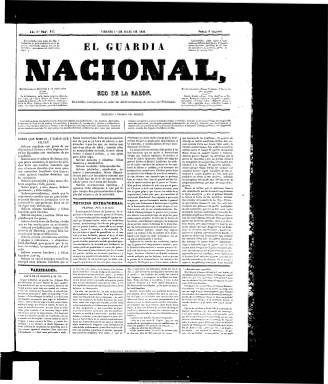
Título: El Guardia nacional (Barcelona)
Otros títulos: G. nacional || Nacional
Colección: Periódicos anteriores a 1850
Ámbito geográfico: Barcelona
Lugar de publicación: Barcelona
Fechas: 01/07/1836-28/10/1841

Uno de los principales diarios políticos liberales que se van a editar en Barcelona y de los más importantes en la difusión del movimiento romántico español, hasta ser considerada como la publicación periodística de “más vuelo” del periodo. El nueve de octubre de 1835 sus editores solicitan “Real permiso” para su publicación a doña María Cristina, la Reina Gobernadora, a través del gobernador civil interino, José Melchor Prat, quien en su recomendación dirá de ellos que son “personas sensatas”. Estos no son otros que Luis Ferrer, que será su primer director (en 1839 pasará a ser redactor de El constitucional); el pedagogo, cervantista y catedrático de Historia de la Universidad de Barcelona Vicente Joaquín Bastús y Carrera (1817-1885), que lo sustituirá después en la dirección; así como Bernardo Agustín de las Casas. En dicha petición se declaran liberales “por principio y conocimiento” y muestran su propósito de contribuir  “a la verdadera ilustración y bien estar de su patria”.

En el prospecto que acompaña a su petición ya se lee que los editores del nuevo diario barcelonés no seguirán “otra senda que la de la libertad y el progreso”, bajo los principios del orden, la seguridad individual y la conservación de la propiedad, que consideran “los deberes de un guardia nacional”, de ahí su título, al que se le connota con la denominada Milicia Nacional, que había sido reestablecida un año antes. Su primer número aparece el 15 de octubre. Sí Gómez Aparicio lo había calificado sin más de incendiario, Seoane (1983) lo sitúa en el ala izquierda del progresismo liberal, germen del futuro Partido Democrático, y con claro matiz republicano.

Ahora, si se había presentado como diario que apostaba por la abolición del Estatuto Real y después apoya  la revolución progresista de La Granja, Jaime Guillamet (2010), que estudia el periodismo liberal barcelonés del periodo, o el trabajo de Guadalupe Soria Tomás y Eduardo Pérez-Rasilla (2008) sobre Bastús, señalan que su primer director –Ferrer- lo mantuvo dentro de los márgenes de un liberalismo razonable, favorable a un industrialismo proteccionista y a una renovación literaria romántica, que iniciará un proceso gradual hacia posiciones moderadas por la presión de los representantes de este partido sobre su principal editor, Bernardo Agustín de las Casas.

La tensión política y los disturbios de noviembre y diciembre de 1836 en Barcelona llegarán a provocar una crisis en la publicación, y Ferrer no aceptará reconducir el diario hacia un “moderantismo intransigente”, por lo que será sustituido en la navidad de este año por el erudito Bastús. A partir de ahí el periódico se irá consolidando como órgano del moderantismo cristino, portavoz del conservadurismo liberal, y como publicación de información general se reparte el mercado periodístico barcelonés con los también moderados Diario de Barcelona y Diario mercantil.

Las entregas del diario son de cuatro páginas, en formato folio y gran folio, compuestas a tres o cuatro columnas, estampadas  primero en la imprenta de la Casa Gorchs, y muy pronto, a partir del 18 de noviembre de 1835  en talleres propios. Se estructura en secciones de política, noticias extranjeras, nacionales y locales, variedades, avisos legales o espectáculos, y no faltarán en sus páginas los artículos sobre la actividad literaria y teatral, publicando textos a favor, pero también en contra, del movimiento romántico. Aunque publicado en castellano, una treintena de textos aparecerán escritos en catalán. Desde el verano de 1836 estampa diariamente bajo su cabecera unas glosas sobre los “derechos y deberes del hombre”.

Hasta finales de mayo de 1837 mantiene como subtítulo “eco de la razón”, y en octubre de 1837, justificará la política de recorte de las libertades, “mano de hierro”, represión, autoritarismo o “dictadura” –como así se le ha denominado- que aplicará el capitán general de Cataluña, Ramón de Meer y Kindelán, convirtiéndose en el principal diario político, junto a Diario de Barcelona.

Su colección en la Biblioteca Nacional de España comienza en su número 217, de uno de julio de 1837. Desde marzo de 1838 a diciembre de 1839 modifica su título a: El G. nacional. A partir de esta fecha sólo a: El Nacional, hasta que en junio de 1840 vuelve a cambiar su cabecera a: El G. Nacional. Desde octubre de este año hasta su desaparición se titulará de nuevo: El nacional.

Tras siete años en publicación, al identificarse con la reacción moderada contra Espartero,  y después de sufrir persecuciones y asaltos a su redacción e imprenta por progresistas exaltados, llegará su cierre, asumiendo sus suscripciones El liberal barcelonés. El último número de la colección de la Biblioteca Nacional de España corresponde al 28 de octubre de 1841. Referencias bibliográficas sobre el título se encuentran también en la tesis doctoral que lleva a cabo en 1969 Joan Aleguet Llorens en la Universidad de Barcelona, en el trabajo de R. Silva, publicado por el Instituto de Estudios Hispánicos en Liverpool, en 1940, o la Historia del movimiento romántico español, de E. Allison Peers.